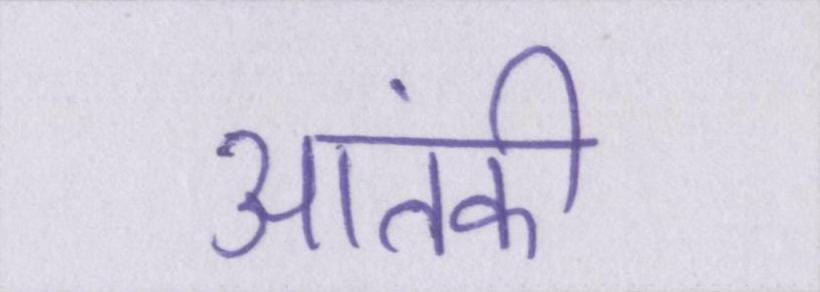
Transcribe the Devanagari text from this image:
आतंकी